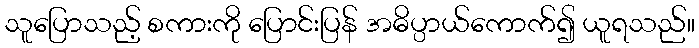
သူပြောသည့် စကားကို ပြောင်းပြန် အဓိပ္ပာယ်ကောက်၍ ယူရသည်။